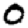
Digit: 0